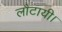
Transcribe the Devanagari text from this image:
लौटायी।